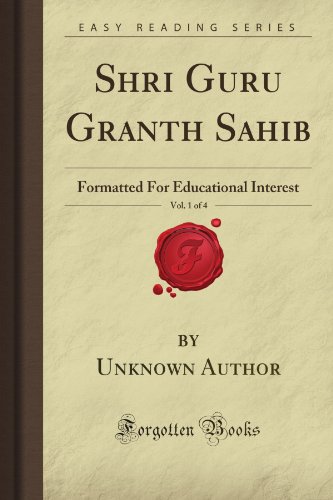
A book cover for Shri Guru Granth Sahib, Vol. 1 of 4: Formatted For Educational Interest (Forgotten Books); Unknown Arthur Author; Religion & Spirituality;